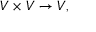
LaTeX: V \times V \to V ,